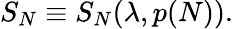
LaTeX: S_{N}\equiv S_{N}(\lambda,p(N)).